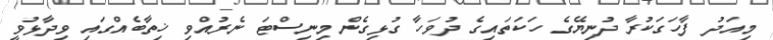
މިއަދު ފާހަގަކުރާ ދުނިޔޭގެ ހަކަތައިގެ ދުވަހާ ގުޅިގެން މިނިސްޓަ ނެރުއްވި ޚިތާބެއްގައި ވިދާޅުވީ